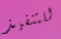
للتنفيذ